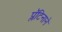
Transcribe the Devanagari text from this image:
प्लॅटिनाने